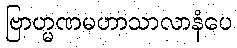
ဗြာဟ္မဏမဟာသာလာနံပေ